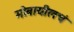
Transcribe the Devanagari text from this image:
मोबायीलचं